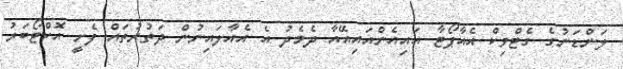
ލަންޑަނުގެ ގެޓްވިކް އެއާޕޯޓާ އައިއެންއައިއޭއާ ދެމެދު އެ އެއާލައިނުން ދަތުރުތައް ފެށީ އޮކްޓޯބަރު